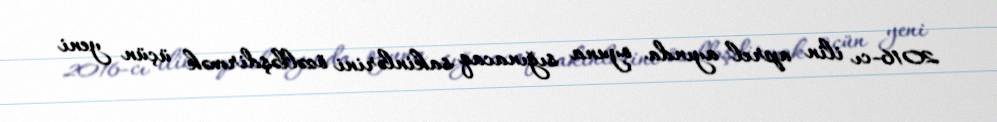
2016-cı ilin aprel ayında oyuna sığınacaq sakinlərini özəlləşdirmək üçün yeni